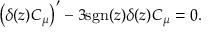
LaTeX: \left( \delta ( z ) C _ { \mu } \right) ^ { \prime } - 3 \mathrm { s g n } ( z ) \delta ( z ) C _ { \mu } = 0 .